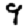
Digit: 9